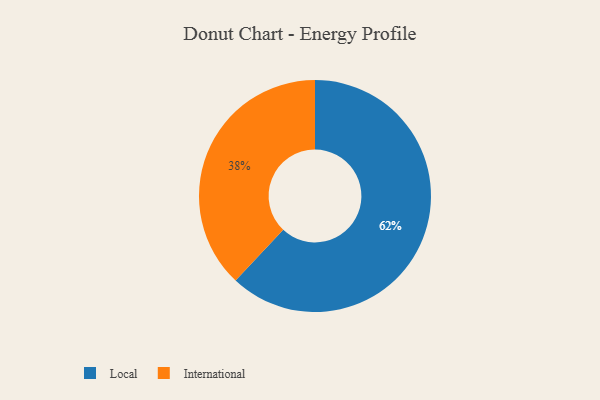
{"axis": {"x": "Category", "y": "Percentage"}, "legend": ["International", "Local"], "data": [{"x": "Local", "y": 62, "type": "Local"}, {"x": "International", "y": 38, "type": "International"}]}